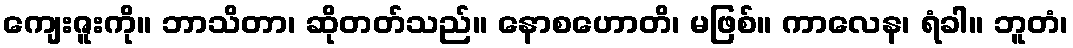
ကျေးဇူးကို။ ဘာသိတာ၊ ဆိုတတ်သည်။ နောစဟောတိ၊ မဖြစ်။ ကာလေန၊ ရံခါ။ ဘူတံ၊